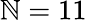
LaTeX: \mathbb{N}=11